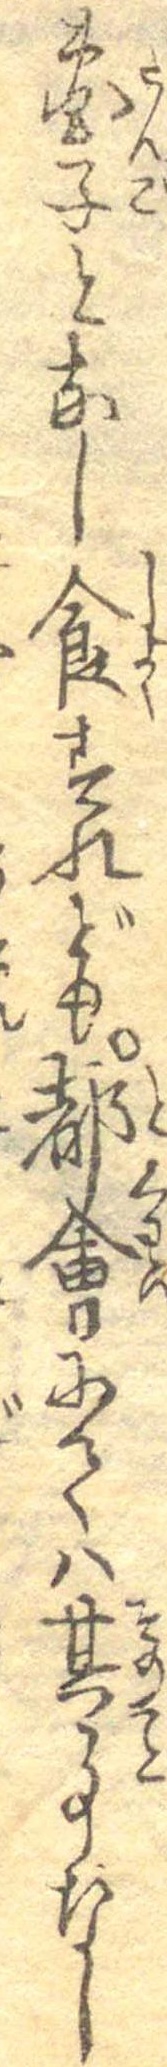
団子となし食すれども都会にては其事なし